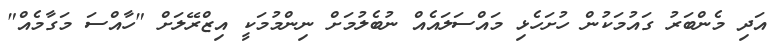
އަދި މެންބަރު ގައުމަކުން ހުށަހެޅި މައްސަލައެެއް ނުބެލުމަށް ނިންމުމަކީ އިޒްރޭލަށް "ހާއްސަ މަގާމެއް"